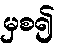
မှစ၍